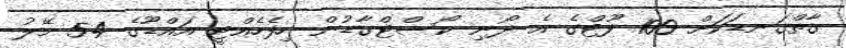
ގާތްގަނޑަކަށް 100 ފޫޓްގެ އެ ދޯނި ކޯސްޓްގާޑުން ހިފެހެއްޓީ އައްޑޫގެ 54 މޭލު